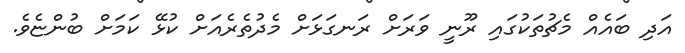
އަދި ބައެއް މެޗުތަކުގައި ރޫނީ ވަރަށް ރަނގަޅަށް މެދުތެރެއަށް ކުޅޭ ކަމަށް ބުންޏެވެ.